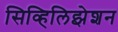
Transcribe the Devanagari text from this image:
सिव्हिलिझेशन